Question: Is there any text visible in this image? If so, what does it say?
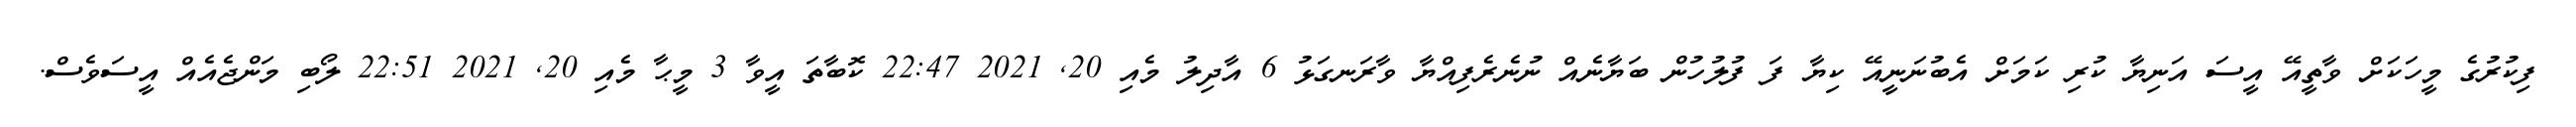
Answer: ފިކުރުގެ މީހަކަށް ވާތީއޭ އީސަ އަނިޔާ ކުރި ކަމަށް އެބުނަނީއޭ ކިޔާ ފަ ފުލުހުން ބަޔާނެއް ނުނެރެފިއްޔާ ވާރަނގަޅު 6 އާދިލު މެއި 20, 2021 22:47 ކޮބާތަ އީވާ 3 މީޙާ މެއި 20, 2021 22:51 ލޯބި މަންޖެއެއް އީސަވެސް.